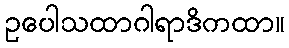
ဥပေါသထာဂါရာဒိကထာ။